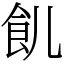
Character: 䶿